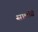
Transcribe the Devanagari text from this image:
सामग्रि